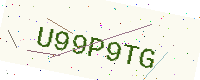
Text: U99P9TG